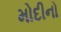
મોદીનો